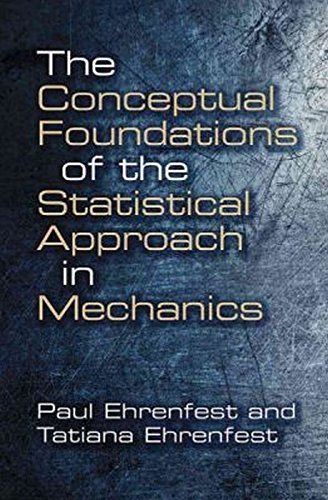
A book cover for The Conceptual Foundations of the Statistical Approach in Mechanics (Dover Books on Physics); Paul Ehrenfest; Science & Math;